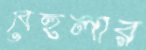
বেহুলার